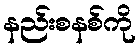
နည်းစနစ်ကို